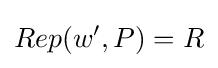
Rep(w',P)=R